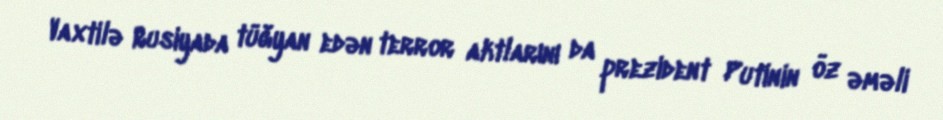
Vaxtilə Rusiyada tüğyan edən terror aktlarını da prezident Putinin öz əməli